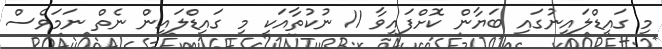
މި ގައިޑްލައިނުގައި ބަޔާން ކޮށްފައިވާ 11 ނުކުތާއަކީ މި ގައިޑްލައިން ނެތް ނަމަވެސް